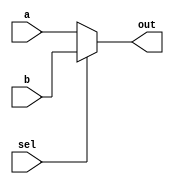
module mux8b_2to1_if (a, b, sel, out);
	input [7:0] a, b;
	input			sel;
	output [7:0] out;
	reg [7:0] out;
	
	always @(a, b, sel) begin
		if(sel)	out = b;
		else		out = a;
	end
endmodule